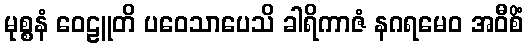
မုစ္စနံ ဝေဠူတိ ပဝေသာပေသိ ခါရိကာဇံ နဂရမေဝ အဝီစိံ